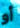
أو